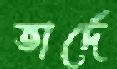
ভার্দে